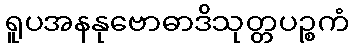
ရူပအနနုဗောဓာဒိသုတ္တပဉ္စကံ